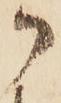
か